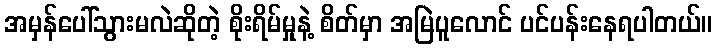
အမှန်ပေါ်သွားမလဲဆိုတဲ့ စိုးရိမ်မှုနဲ့ စိတ်မှာ အမြဲပူလောင် ပင်ပန်းနေရပါတယ်။